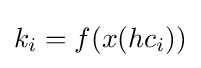
k_{i}=f(x(hc_{i}))